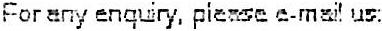
FOR ANY ENQUIRY, PLEASE E-MAIL US: